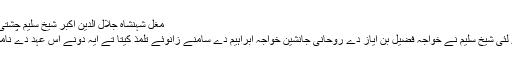
مغل شہنشاہ جلال الدین اکبر شیخ سلیم چشتی د‏‏ی خدمت وچ
تحصیل علم دے لئی شیخ سلیم نے خواجہ فضیل بن ایاز دے روحانی جانشین خواجہ ابراہیم دے سامنے زانوئے تلمذ کیتا تے ایہ دونے اُس عہد دے نامور بزرگ سن ۔